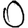
Digit: 0